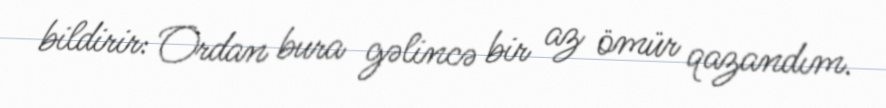
bildirir: Ordan bura gəlincə bir az ömür qazandım.